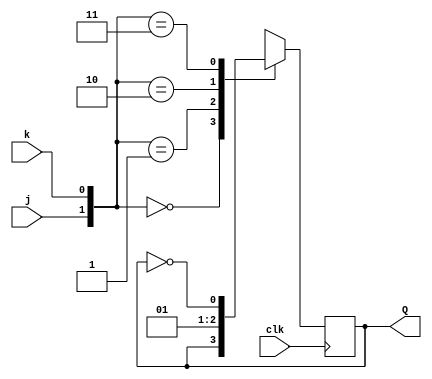
module top_module (
    input clk,
    input j,
    input k,
    output Q); 
    
    wire [1:0] jk;
    //wire jk; //wrong output, use caution while initializing wires 
    assign jk = {j,k}; 
    always@(posedge clk) begin
        case(jk)
            2'b00: Q <= Q;
            2'b01: Q <= 0;
            2'b10: Q <= 1;
            2'b11: Q <= ~Q;
    	endcase
    end

endmodule